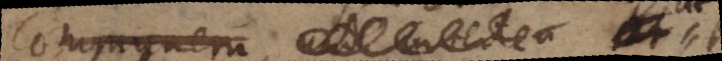
communem b